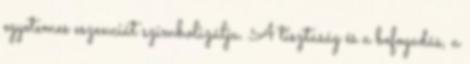
egyetemes eszenciát szimbolizálja. A tisztaság és a befogadás, a